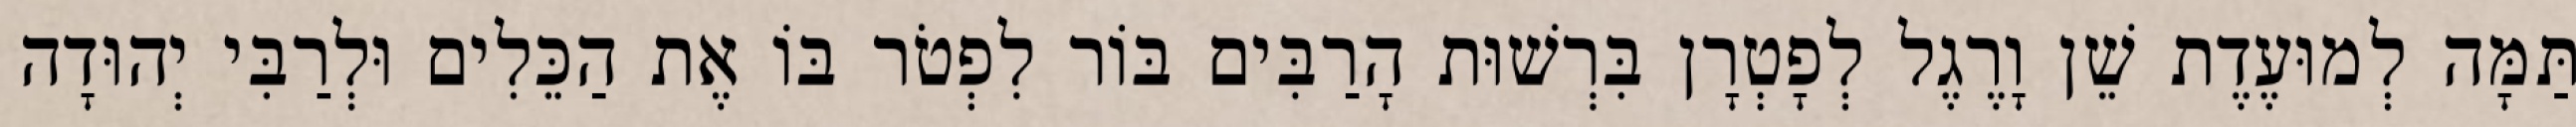
תַּמָּה לְמוּעֶדֶת שֵׁן וָרֶגֶל לְפָטְרָן בִּרְשׁוּת הָרַבִּים בּוֹר לִפְטֹר בּוֹ אֶת הַכֵּלִים וּלְרַבִּי יְהוּדָה